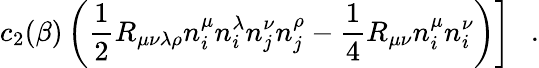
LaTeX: \left.c_{2}(\beta)\left(\frac 12R_{\mu\nu\lambda\rho}n_{i}^{\mu}n_{i}^{\lambda}n_{j}^{\nu}n_{j}^{\rho}-\frac 14R_{\mu\nu}n_{i}^{\mu}n_{i}^{\nu}\right)\right]~~~.